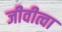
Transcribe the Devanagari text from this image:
जीवीत्वा